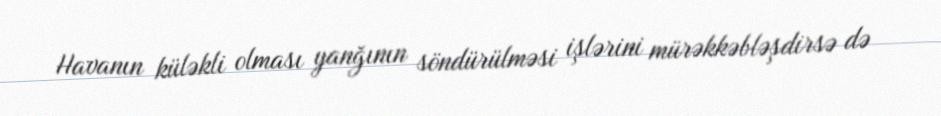
Havanın küləkli olması yanğının söndürülməsi işlərini mürəkkəbləşdirsə də